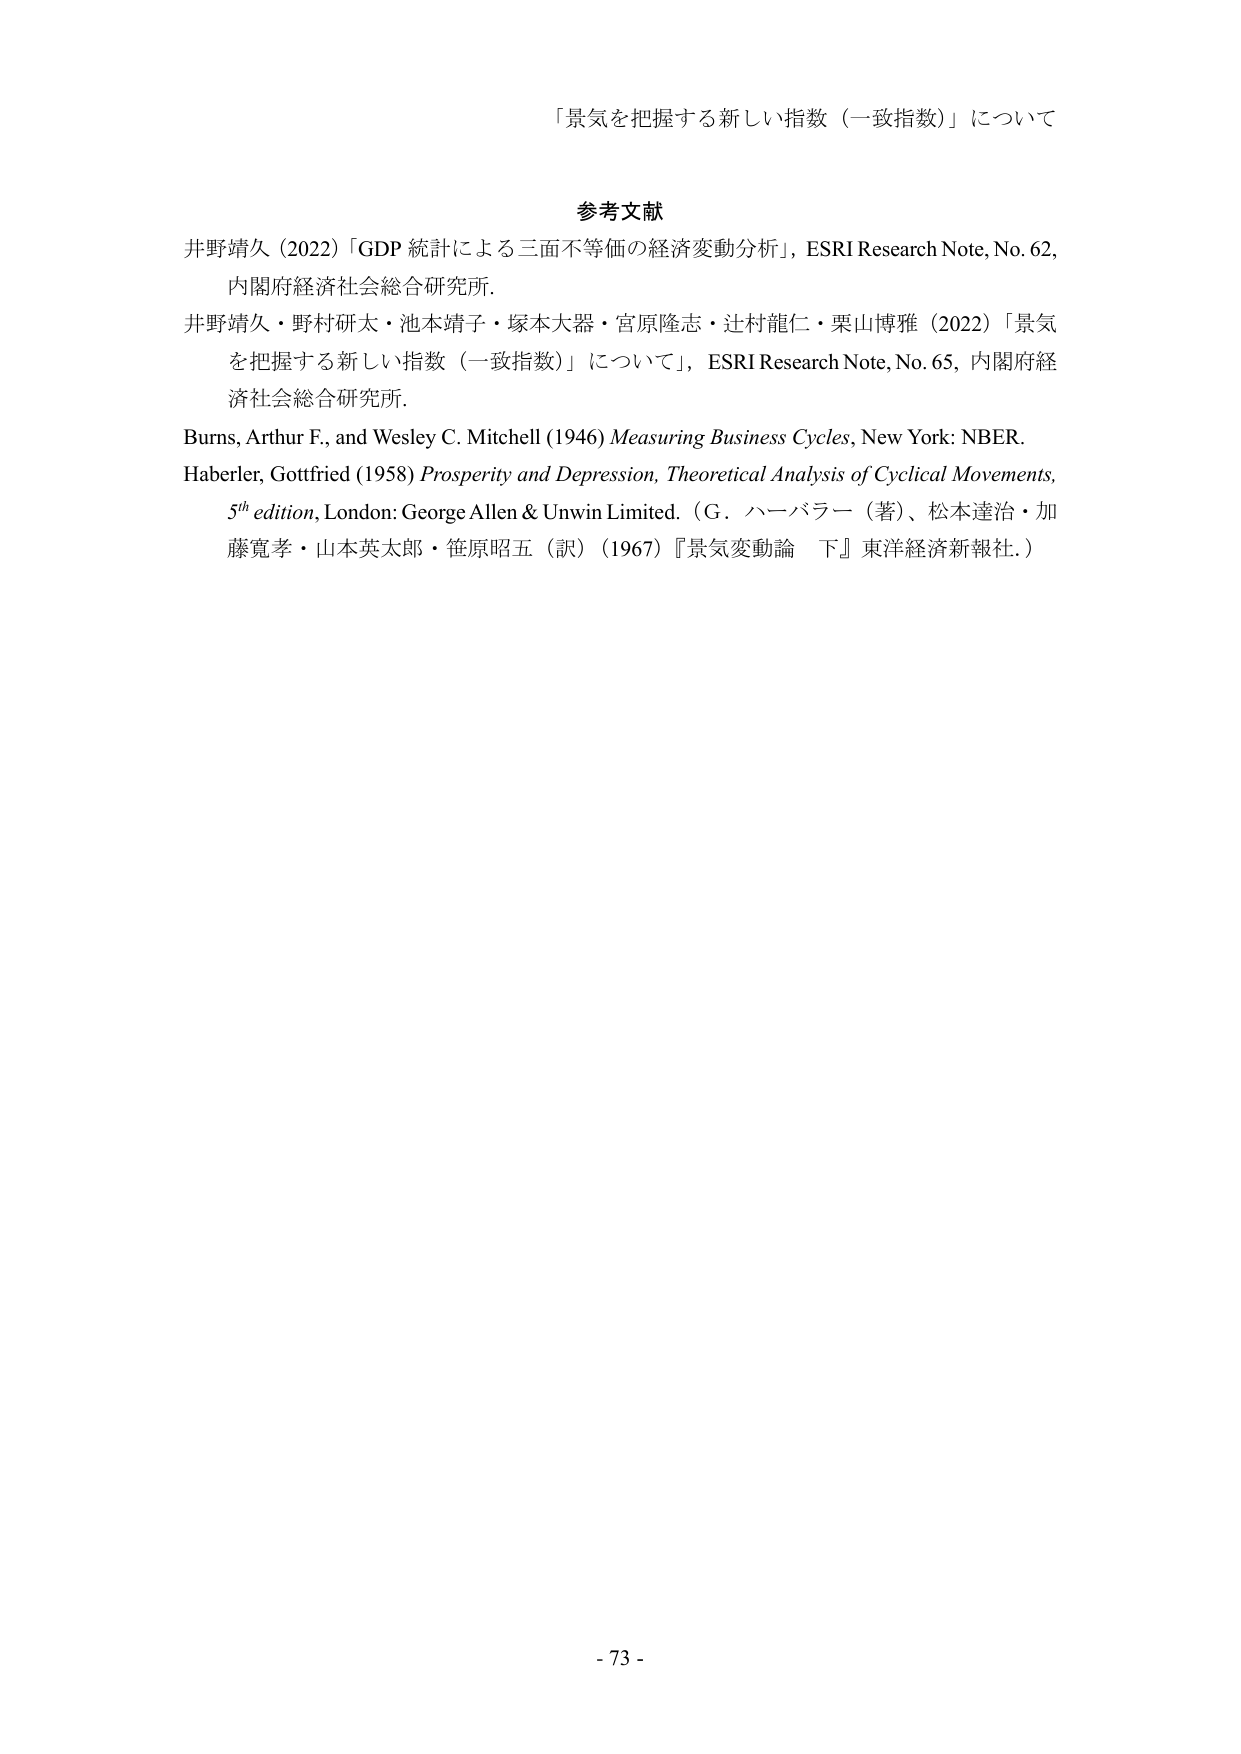
「景気を把握する新しい指数（一致指数）」について

参考文献
井野靖久（2022）「GDP 統計による三面不等価の経済変動分析」，ESRI Research Note, No. 62，内閣府経済社会総合研究所．
井野靖久・野村研太・池本靖子・塚本大器・宮原隆志・辻村龍仁・栗山博雅（2022）「景気を把握する新しい指数（一致指数）」について，ESRI Research Note, No. 65，内閣府経済社会総合研究所．
Burns, Arthur F., and Wesley C. Mitchell (1946) Measuring Business Cycles, New York: NBER.
Haberler, Gottfried (1958) Prosperity and Depression, Theoretical Analysis of Cyclical Movements, 5th edition, London: George Allen & Unwin Limited. （G．ハーバラー（著）、松本達治・加藤寛孝・山本英太郎・笹原昭五（訳）（1967）『景気変動論 下』東洋経済新報社．）

- 73 -